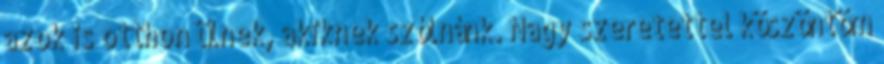
azok is otthon ülnek, akiknek szólnánk. Nagy szeretettel köszöntöm